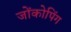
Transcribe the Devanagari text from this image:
जोंकोपिंग